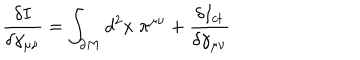
LaTeX: \frac { \delta I } { \delta \gamma _ { \mu \nu } } = \int _ { \partial M } d ^ { 2 } x \; \pi ^ { \mu \nu } + \frac { \delta I _ { c t } } { \delta \gamma _ { \mu \nu } }